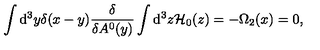
\int \mathrm { d } ^ { 3 } y \delta ( x - y ) \frac { \delta } { \delta A ^ { 0 } ( y ) } \int \mathrm { d } ^ { 3 } z { \cal H } _ { 0 } ( z ) = - \Omega _ { 2 } ( x ) = 0 ,